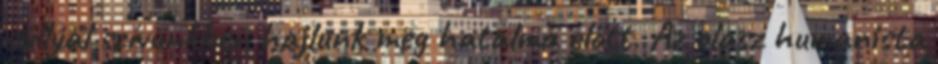
súllyal szívünkben hajlunk meg hatalma előtt. Az olasz humanista